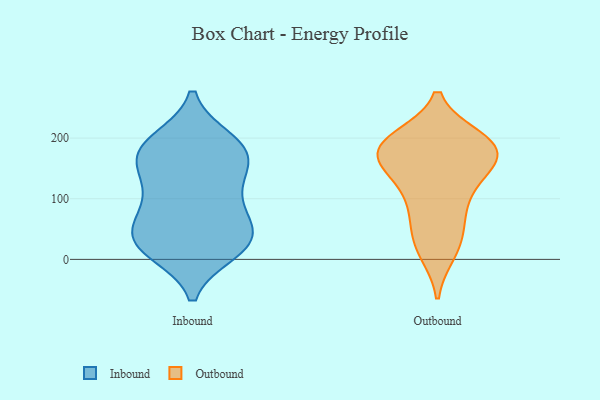
{"axis": {"x": "Gross Profit (USD K)", "y": "Value"}, "legend": ["Inbound", "Outbound"], "data": [{"x": "", "y": 35, "type": "Inbound"}, {"x": "", "y": 130, "type": "Inbound"}, {"x": "", "y": 168, "type": "Inbound"}, {"x": "", "y": 18, "type": "Inbound"}, {"x": "", "y": 191, "type": "Inbound"}, {"x": "", "y": 33, "type": "Inbound"}, {"x": "", "y": 92, "type": "Inbound"}, {"x": "", "y": 195, "type": "Inbound"}, {"x": "", "y": 78, "type": "Inbound"}, {"x": "", "y": 174, "type": "Inbound"}, {"x": "", "y": 33, "type": "Inbound"}, {"x": "", "y": 14, "type": "Inbound"}, {"x": "", "y": 164, "type": "Inbound"}, {"x": "", "y": 28, "type": "Inbound"}, {"x": "", "y": 68, "type": "Inbound"}, {"x": "", "y": 125, "type": "Inbound"}, {"x": "", "y": 182, "type": "Inbound"}, {"x": "", "y": 17, "type": "Outbound"}, {"x": "", "y": 194, "type": "Outbound"}, {"x": "", "y": 177, "type": "Outbound"}, {"x": "", "y": 170, "type": "Outbound"}, {"x": "", "y": 182, "type": "Outbound"}, {"x": "", "y": 60, "type": "Outbound"}, {"x": "", "y": 12, "type": "Outbound"}, {"x": "", "y": 88, "type": "Outbound"}, {"x": "", "y": 199, "type": "Outbound"}, {"x": "", "y": 193, "type": "Outbound"}, {"x": "", "y": 97, "type": "Outbound"}, {"x": "", "y": 153, "type": "Outbound"}, {"x": "", "y": 40, "type": "Outbound"}, {"x": "", "y": 122, "type": "Outbound"}, {"x": "", "y": 145, "type": "Outbound"}, {"x": "", "y": 192, "type": "Outbound"}, {"x": "", "y": 187, "type": "Outbound"}, {"x": "", "y": 152, "type": "Outbound"}]}